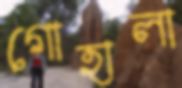
গোহালা